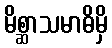
မိစ္ဆာသမာဓိမှိ